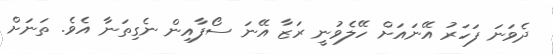
ދެވަނަ ފަހަރު އޭނައަށް ހޭލެވުނީ ރަޒާ އޭނަ ސޯފާއިން ނެގިތަނާ އެވެ. ތަނަށް